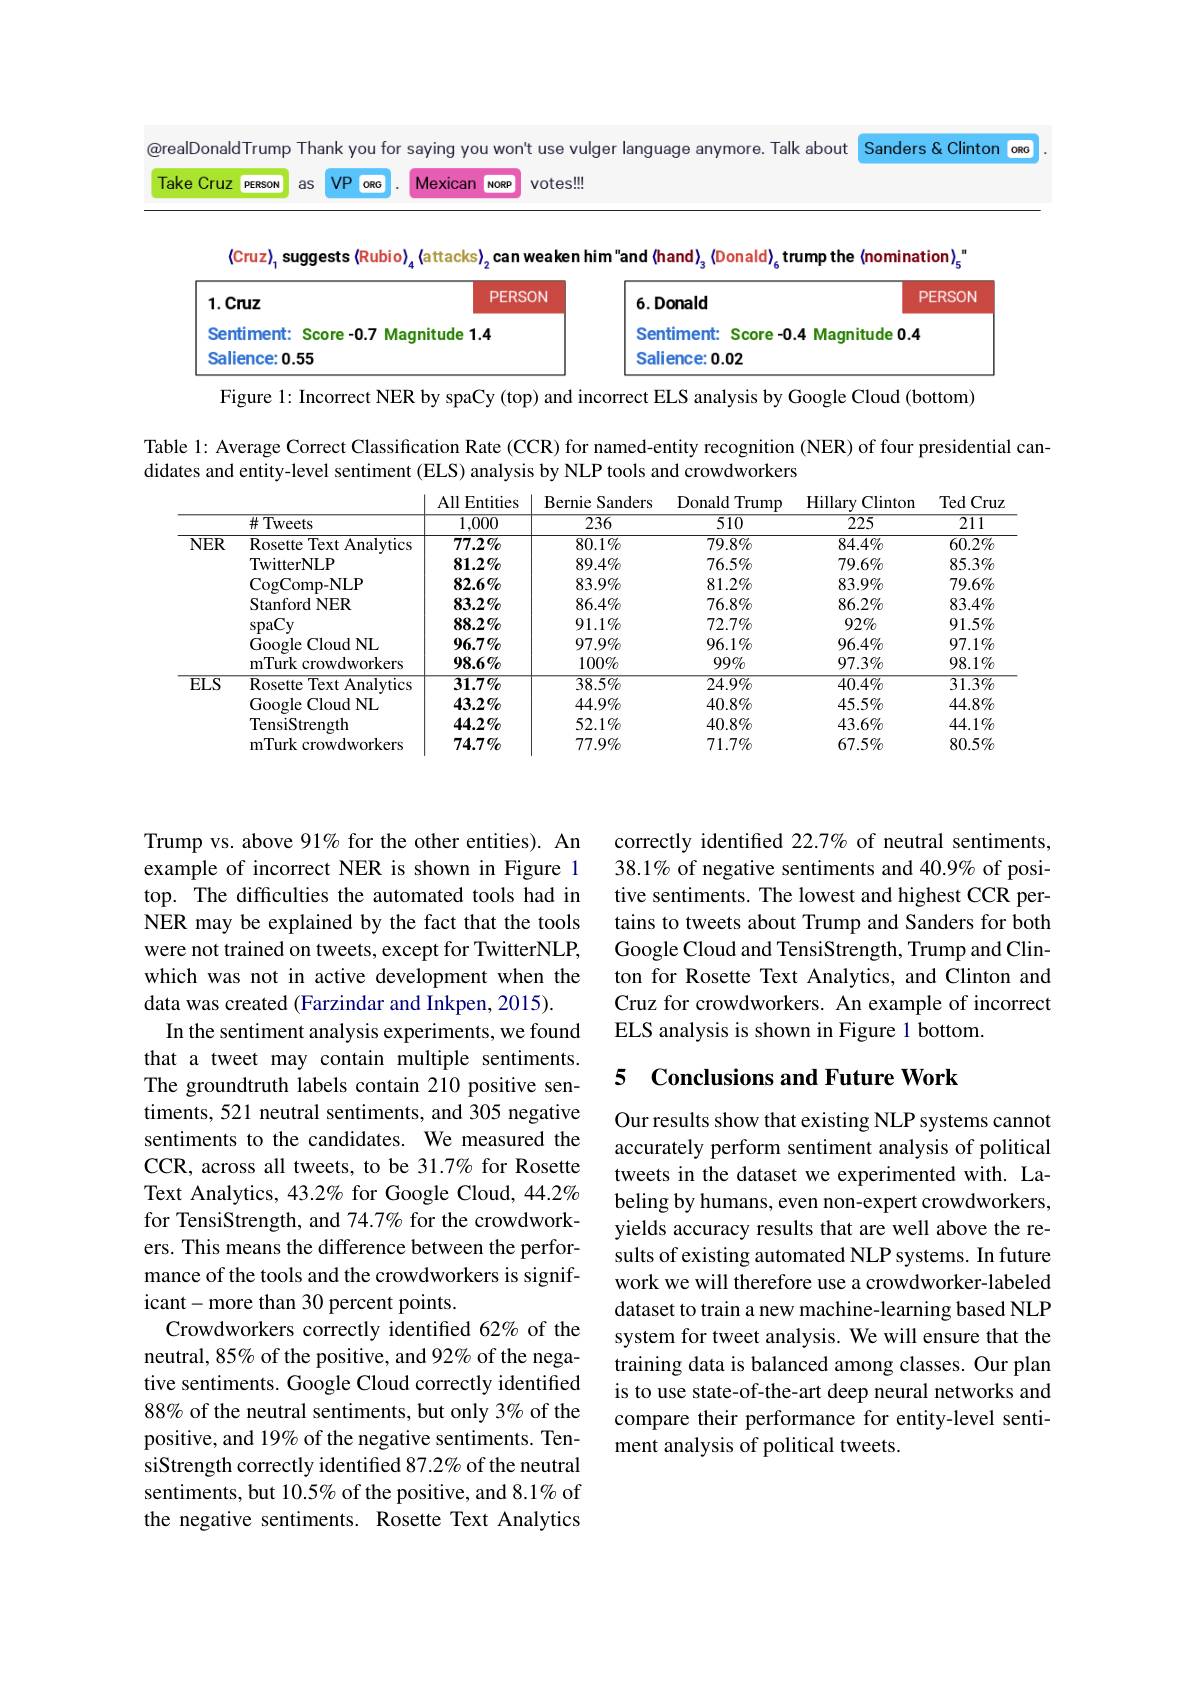
@realDonaldTrump Thank you for saying you won't use vulger language anymore. Talk about

as VP orc . Mexican norp votes!!!

Take Cruz person

Sanders & Clinton ora

$\langle$Cruz$\rangle_1$ suggests{Rubio}$\rangle_4\langle$attacks$\rangle_2$can weaken him"and (hand)$_3\langle$Donald$\rangle_6$trump the (nomination)$_5^{\mathrm{~"}}$
<table>
	<tbody>
		<tr>
			<th>$1.Cruz$ PERSON</th>
			<th>PERSON</th>
			<th>6.Donald</th>
			<th>PERSON</th>
		</tr>
		<tr>
			<td>Sentiment: Score -0.7 Maqnitude 1.4</td>
			<td>1.4</td>
			<td>Sentiment: Score-0.4 Magnit</td>
			<td>4 Magnitude $e0.4$</td>
		</tr>
		<tr>
			<td>alience:0.55</td>
			<td> </td>
			<td>Salience:0.02</td>
			<td> </td>
		</tr>
	</tbody>
</table>
Figure l: Incorrect NER by spaCy (top) and incorrect ELS analysis by Google Cloud (bottom)

Table l: Average Correct Classification Rate (CCR) for named-entity recognition (NER) of four presidential can-
didates and entity-level sentiment (ELS) analysis by NLP tools and crowdworkers

<table>
	<tbody>
		<tr>
			<th> </th>
			<th>$\#$Tweets</th>
			<th>1,000</th>
			<th>236</th>
			<th>510</th>
			<th>$\overline{225}$</th>
			<th>$\overline{211}$</th>
		</tr>
		<tr>
			<td rowspan="7">$NER$</td>
			<td>Rosette Text Analytics</td>
			<td>$77.2\%$</td>
			<td>$80.1\%$</td>
			<td>$79.8\%$</td>
			<td>$84.4\%$</td>
			<td>$60.2\%$</td>
		</tr>
		<tr>
			<td>TwitterNLP</td>
			<td>$81.2\%$</td>
			<td>$89.4\%$</td>
			<td>$76.5\%$</td>
			<td>$79.6\%$</td>
			<td>$85.3\%$</td>
		</tr>
		<tr>
			<td>$\operatorname{CogComp-NLP}$</td>
			<td>$82.6\%$</td>
			<td>$83.9\%$</td>
			<td>$81.2\%$</td>
			<td>$83.9\%$</td>
			<td>$79.6\%$</td>
		</tr>
		<tr>
			<td>Stanford NER</td>
			<td>$83.2\%$</td>
			<td>$86.4\%$</td>
			<td>$76.8\%$</td>
			<td>$86.2\%$</td>
			<td>$83.4\%$</td>
		</tr>
		<tr>
			<td>$\operatorname{spaCy}$</td>
			<td>$88.2\%$</td>
			<td>$91.1\%$</td>
			<td>$72.7\%$</td>
			<td>$92\%$</td>
			<td>$91.5\%$</td>
		</tr>
		<tr>
			<td>Google e Cloud NL</td>
			<td>$96.7\%$</td>
			<td>$97.9\%$</td>
			<td>$96.1\%$</td>
			<td>$96.4\%$</td>
			<td>$97.1\%$</td>
		</tr>
		<tr>
			<td>mTurk crowdworkers</td>
			<td>$98.6\%$</td>
			<td>$100\%$</td>
			<td>$99\%$</td>
			<td>$97.3\%$</td>
			<td>$98.1\%$</td>
		</tr>
		<tr>
			<td rowspan="4">$ELS$</td>
			<td>$\operatorname{Rosette}$ ${\mathrm{e~Text~Analytics}}$</td>
			<td>$31.7\%$</td>
			<td>$38.5\%$</td>
			<td>$24.9\%$</td>
			<td>$40.4\%$</td>
			<td>$31.3\%$</td>
		</tr>
		<tr>
			<td>Google Cloud NL</td>
			<td>$43.2\%$</td>
			<td>$44.9\%$</td>
			<td>$40.8\%$</td>
			<td>$45.5\%$</td>
			<td>$44.8\%$</td>
		</tr>
		<tr>
			<td>TensiStrength</td>
			<td>$44.2\%$</td>
			<td>$52.1\%$</td>
			<td>$40.8\%$</td>
			<td>$43.6\%$</td>
			<td>$44.1\%$</td>
		</tr>
		<tr>
			<td>mTurk crowdworkers</td>
			<td>$74.7\%$</td>
			<td>$77.9\%$</td>
			<td>$71.7\%$</td>
			<td>$67.5\%$</td>
			<td>$80.5\%$</td>
		</tr>
	</tbody>
</table>

Trump vs. above 91% for the other entities). An example of incorrect NER is shown in Figure 1 top. The difficulties the automated tools had in NER may be explained by the fact that the tools were not trained on tweets, except for TwitterNLP, which was not in active development when the data was created (Farzindar and Inkpen, 2015).
In the sentiment analysis experiments, we found that a tweet may contain multiple sentiments. The groundtruth labels contain 210 positive sentiments, 521 neutral sentiments, and 305 negative sentiments to the candidates. We measured the CCR, across all tweets, to be 31.7% for Rosette Text Analytics, 43.2% for Google Cloud, 44.2% for TensiStrength, and 74.7% for the crowdworkers. This means the difference between the performance of the tools and the crowdworkers is significant-more than 30 percent points.
Crowdworkers correctly identified 62% of the neutral, 85% of the positive, and 92% of the negative sentiments. Google Cloud correctly identified 88% of the neutral sentiments, but only 3% of the positive, and 19% of the negative sentiments. TensiStrength correctly identified 87.2% of the neutral sentiments, but 10.5% of the positive, and 8.1% of the negative sentiments. Rosette Text Analytics

correctly identified 22.7% of neutral sentiments, 38.1% of negative sentiments and 40.9% of positive sentiments. The lowest and highest CCR pertains to tweets about Trump and Sanders for both Google Cloud and TensiStrength, Trump and Clinton for Rosette Text Analytics, and Clinton and Cruz for crowdworkers. An example of incorrect ELS analysis is shown in Figure 1 bottom.

## 5 Conclusions and Future Work

Our results show that existing NLP systems cannot accurately perform sentiment analysis of political tweets in the dataset we experimented with. Labeling by humans, even non-expert crowdworkers, yields accuracy results that are well above the results of existing automated NLP systems. In future work we will therefore use a crowdworker-labeled dataset to train a new machine-learning based NLP system for tweet analysis. We will ensure that the training data is balanced among classes. Our plan is to use state-of-the-art deep neural networks and compare their performance for entity-level sentiment analysis of political tweets.